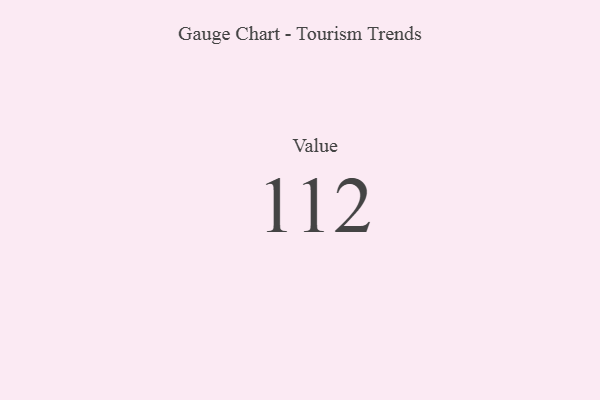
{"axis": {"x": "Metric", "y": "Value"}, "legend": [""], "data": [{"x": "Value", "y": 112, "type": ""}]}